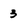
Character: 3